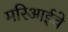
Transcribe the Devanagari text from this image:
मरिआईचे